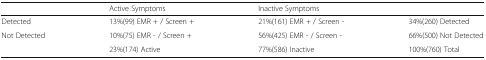
|  | Active Symptoms | Inactive Symptoms |  |
 | --- | --- | --- | --- |
 | Detected | 13%(99) EMR + / Screen + | 21%(161) EMR + / Screen - | 34%(260) Detected |
 | Not Detected | 10%(75) EMR - / Screen + | 56%(425) EMR - / Screen - | 66%(500) Not Detected |
 |  | 23%(174) Active | 77%(586) Inactive | 100%(760) Total |